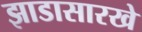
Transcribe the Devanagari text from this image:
झाडासारखे